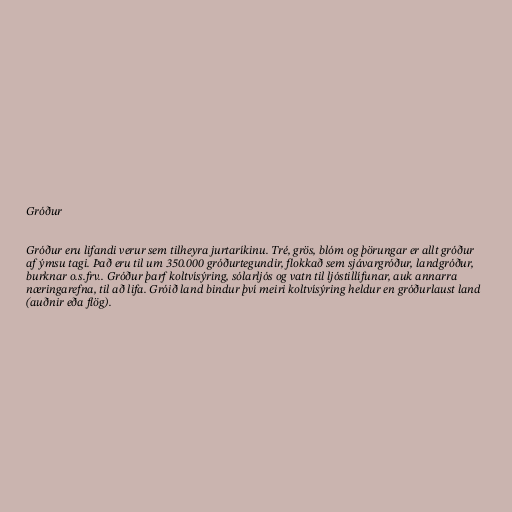
Gróður

Gróður eru lifandi verur sem tilheyra jurtaríkinu. Tré, grös, blóm og þörungar er allt gróður
af ýmsu tagi. Það eru til um 350.000 gróðurtegundir, flokkað sem sjávargróður, landgróður,
burknar o.s.frv.. Gróður þarf koltvísýring, sólarljós og vatn til ljóstillífunar, auk annarra
næringarefna, til að lifa. Gróið land bindur því meiri koltvísýring heldur en gróðurlaust land
(auðnir eða flög).